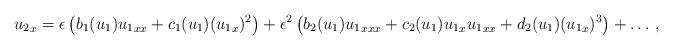
LaTeX: \begin{align*} {u_2}_x= \epsilon \left( b_1(u_1) {u_1}_{xx}+c_1(u_1) ({u_1}_{x})^2 \right) +\epsilon^2 \left( b_2(u_1) {u_1}_{xxx}+c_2(u_1) {u_1}_{x}{u_1}_{xx}+d_2(u_1) ({u_1}_{x})^3 \right) + \dots \, ,\end{align*}